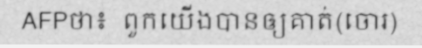
AFPថា៖  ពួកយើងបានឲ្យគាត់(ចោរ)